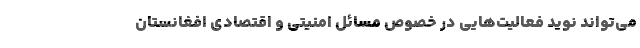
می‌تواند نوید فعالیت‌هایی در خصوص مسائل امنیتی و اقتصادی افغانستان